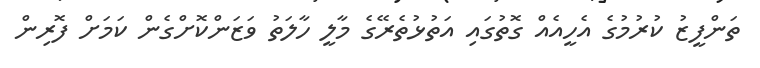
ތަންފީޒު ކުރުމުގެ އެހީއެއް ގޮތުގައި އަތުޅުތެރޭގެ މާލީ ހާލަތު ވަޒަންކޮށްގެން ކަމަށް ފޮރިން